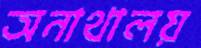
অনাথালয়